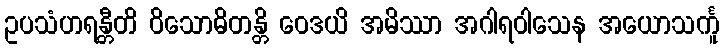
ဥပသံဟရန္တီတိ ဝိသောဓိတန္တိ ဝေဒယိ အမိဿာ အဂါရဝါသေန အယောသင်္ကူ